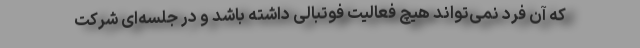
که آن فرد نمی‌تواند هیچ فعالیت فوتبالی داشته باشد و در جلسه‌ای شرکت